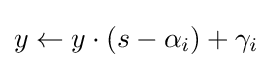
y\gets y\cdot (s-\alpha _{i})+\gamma _{i}